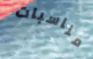
مناسبات